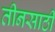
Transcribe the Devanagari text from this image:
तीनसाठी